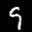
Label: 9